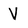
Character: V